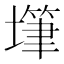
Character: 𰊫